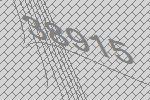
38915